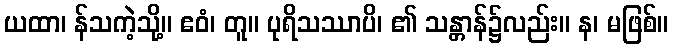
ယထာ၊ န်သကဲ့သို့။ ဧဝံ၊ တူ။ ပုရိသဿာပိ၊ ၏ သန္တာန်၌လည်း။ န၊ မဖြစ်။